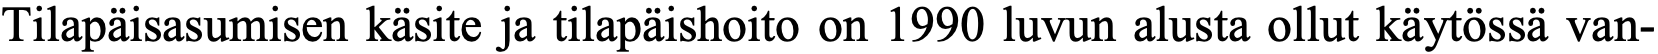
Tilapäisasumisen käsite ja tilapäishoito on 1990 luvun alusta ollut käytössä van-